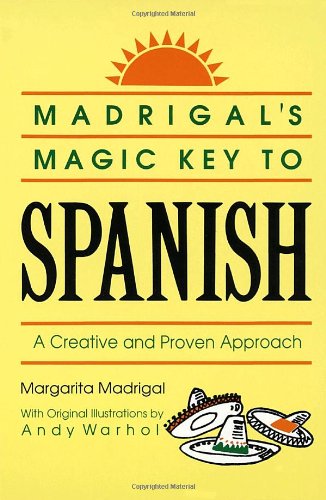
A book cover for Madrigal's Magic Key to Spanish: A Creative and Proven Approach; Margarita Madrigal; Reference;